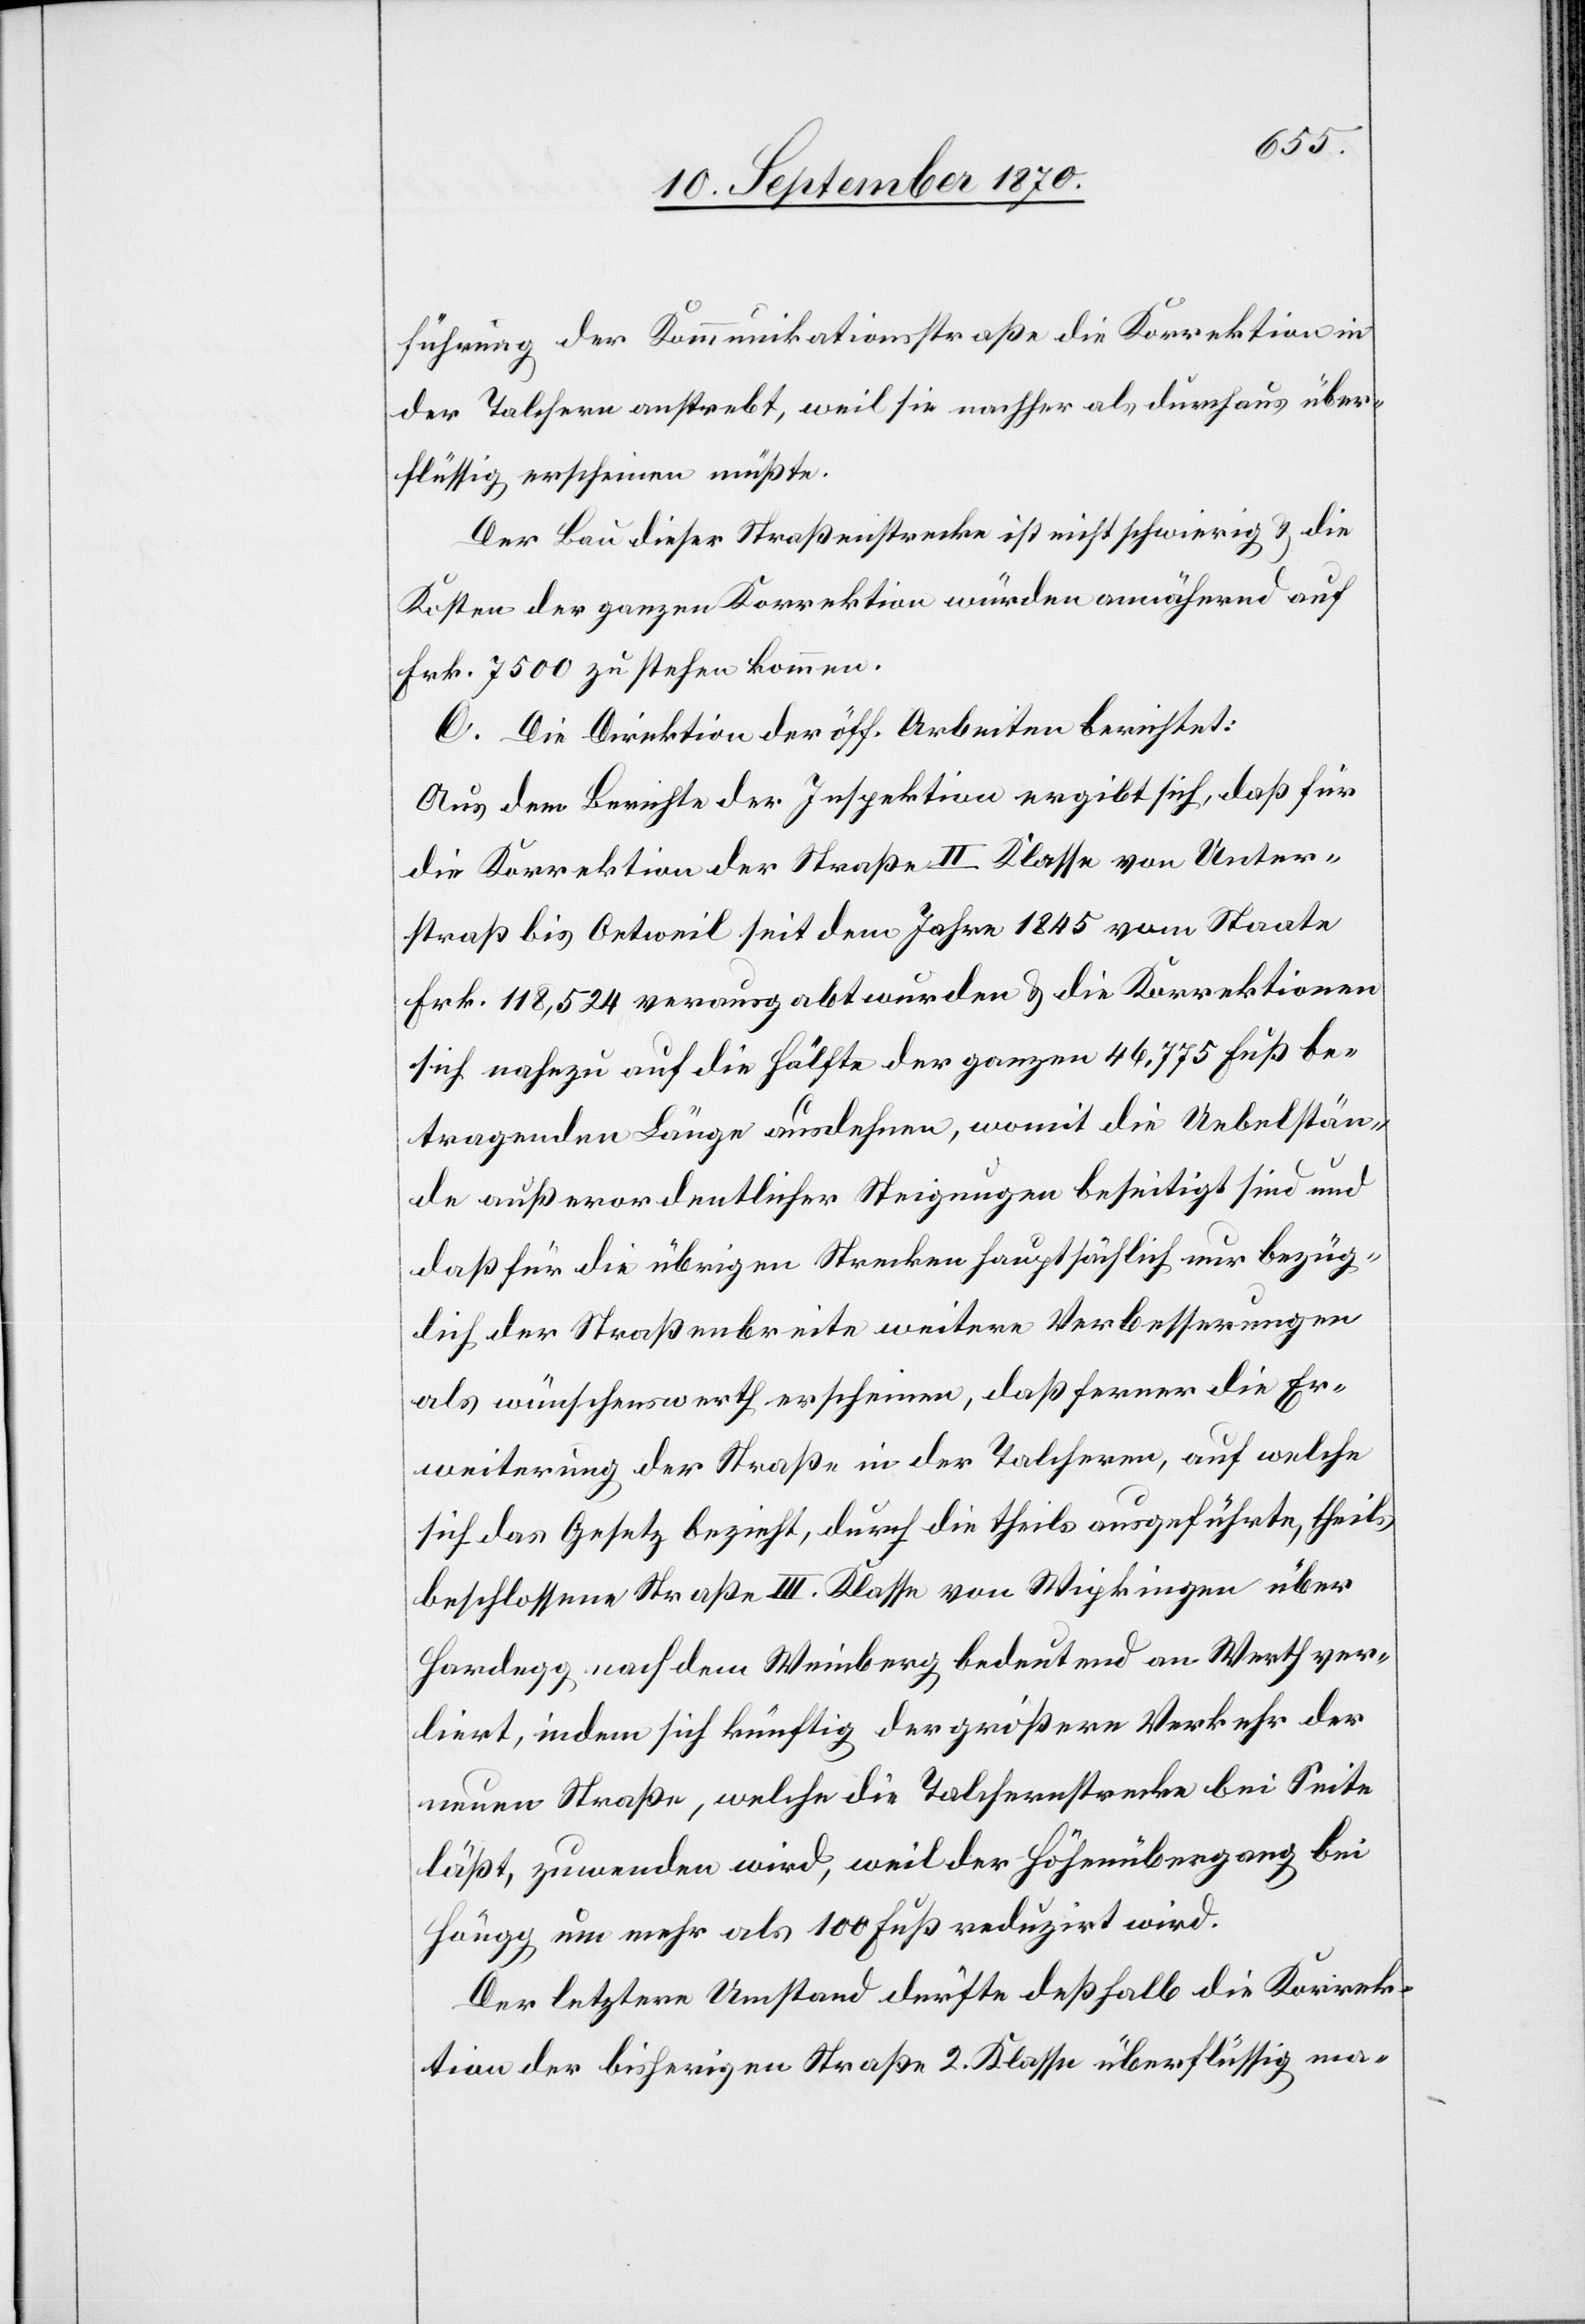
führung der Kommunikationsstraße die Korrektion in
der Talchern anstrebt, weil sie nachher als durchaus über¬
flüssig erscheinen müßte.
Der Bau dieser Straßenstrecke ist nicht schwierig & die
Kosten der ganzen Korrektion würden annähernd auf
Frk. 7500 zu stehen kommen
C. Die Direktion der öff. Arbeiten berichtet:
Aus dem Berichte der Inspektion ergibt sich, daß für
die Korrektion der Straße II. Klasse von Unter¬
straß bis Oetweil seit dem Jahre 1845 vom Staate
Frk. 118,524 verausgabt wurden & die Korrektionen
sich nahezu auf die Hälfte der ganzen 46,775 Fuß be¬
tragenden Länge ausdehnen, womit die Uebelstän¬
de außerordentlicher Steigungen beseitigt sind und
daß für die übrigen Strecken hauptsächlich nur bezüg¬
lich der Straßenbreite weitere Verbesserungen
als wünschenswerth erscheinen, daß ferner die Er¬
weiterung der Straße in der Talchern, auf welche
sich das Gesetz bezieht, durch die theils ausgeführte, theils
beschlossene Straße III. Klasse von Wipkingen über
Hardegg nach dem Weinberg bedeutend an Werth ver¬
liert, indem sich künftig der größere Verkehr der
neuen Straße, welche die Talchernstrecke bei Seite
läßt, zuwenden wird, weil der Höhenübergang bei
Höngg um mehr als 100 Fuß reduzirt wird.
Der letztere Umstand dürfte deßhalb die Korrek¬
tion der bisherigen Straße 2. Klasse überflüssig ma-